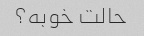
حالت خوبه؟